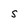
Character: s